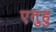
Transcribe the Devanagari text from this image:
एतुहु